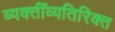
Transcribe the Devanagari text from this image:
व्यक्तींव्यतिरिक्त